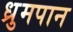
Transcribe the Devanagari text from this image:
ध्रुमपान